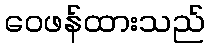
ဝေဖန်ထားသည်